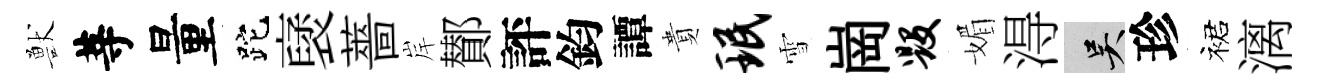
獸䓁量跎裦薔岸鄼評鈞譚貴珉雪崗毁媚淂吴珍裙漓